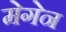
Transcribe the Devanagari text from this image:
मेगेन